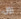
رول